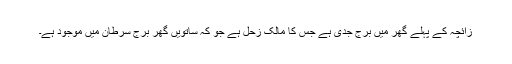
زائچہ کے پہلے گھر میں برجِ جدی ہے جس کا مالک زحل ہے جو کہ ساتویں گھر برجِ سرطان میں موجود ہے۔